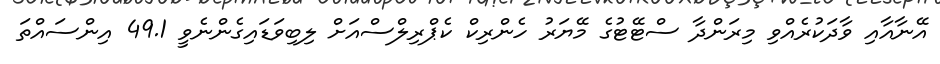
އޭނާއާއި ވާދަކުރެއްވި މިރަންދާ ސްޓޭޓުގެ މޭޔަރު ހެންރިކް ކެޕްރިލްސްއަށް ލިބިވަޑައިގެންނެވީ 49.1 އިންސައްތަ